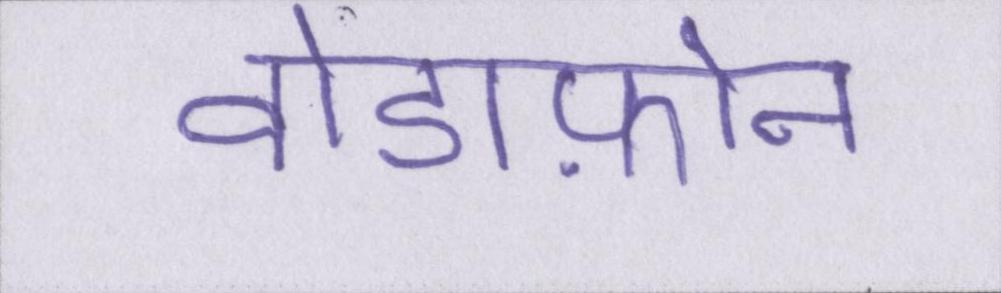
वोडाफ़ोन